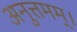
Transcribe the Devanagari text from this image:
अनुत्तमम्‌।